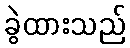
ခွဲထားသည်